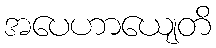
အပေဟာယျေတိ